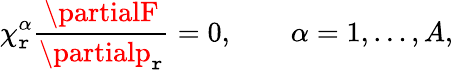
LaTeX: \chi_{\mathtt{r}}^{\alpha}\frac{{\partialF}}{{\partialp_{\mathtt{r}}}}=0,\qquad\alpha=1,\ldots,A,